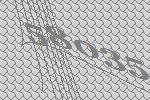
58035